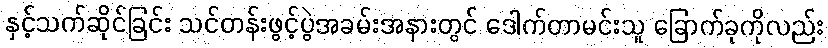
နှင့်သက်ဆိုင်ခြင်း သင်တန်းဖွင့်ပွဲအခမ်းအနားတွင် ဒေါက်တာမင်းသူ ခြောက်ခုကိုလည်း